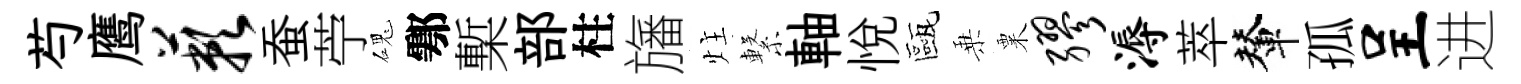
芍鹰蔌蚕苧磈鄠槧部柱旛炷繋軸悦甌乗粟缪溽萃輦孤呈进